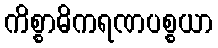
ကိစ္စာဓိကရဏပစ္စယာ